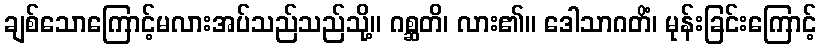
ချစ်သောကြောင့်မလားအပ်သည်သည်သို့။ ဂစ္ဆတိ၊ လား၏။ ဒေါသာဂတိံ၊ မုန်းခြင်းကြောင့်